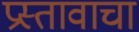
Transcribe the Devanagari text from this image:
प्रस्तावाचा